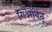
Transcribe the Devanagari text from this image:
गिओवेंतू